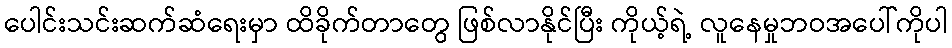
ပေါင်းသင်းဆက်ဆံရေးမှာ ထိခိုက်တာတွေ ဖြစ်လာနိုင်ပြီး ကိုယ့်ရဲ့ လူနေမှုဘဝအပေါ်ကိုပါ